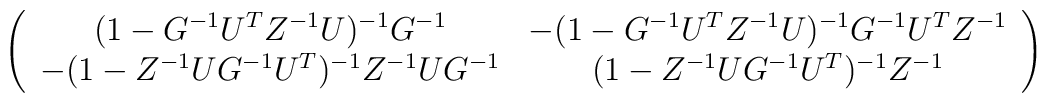
\left(\begin{array}{cc}(1-G^{-1}U^TZ^{-1}U)^{-1}G^{-1}&-(1-G^{-1}U^TZ^{-1}U)^{-1}G^{-1}U^{T}Z^{-1}\\ -(1- Z^{-1}UG^{-1}U^T)^{-1}Z^{-1}U G^{-1}   &(1- Z^{-1}U G^{-1}U^T)^{-1}Z^{-1}\end{array}\right)